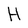
Character: H